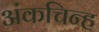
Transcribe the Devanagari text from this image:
अंकचिन्ह